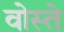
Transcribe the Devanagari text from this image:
वोस्ते